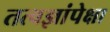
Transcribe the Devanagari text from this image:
तत्वज्ञांपेक्षा